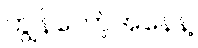
ကျွန်တော့်အနေနဲ့